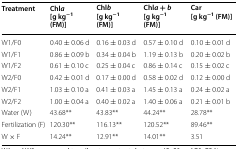
<table><thead><tr><td><b>Treatment</b></td><td><b>Chl<i>a</i>[g kg<sup>−1</sup> (FM)]</b></td><td><b>Chl<i>b</i>[g kg<sup>−1</sup> (FM)]</b></td><td><b>Chl<i>a</i> + <i>b</i>[g kg<sup>−1</sup> (FM)]</b></td><td><b>Car[g kg<sup>−1</sup> (FM)]</b></td></tr></thead><tbody><tr><td>W1/F0</td><td>0.40 ± 0.06 d</td><td>0.16 ± 0.03 d</td><td>0.57 ± 0.10 d</td><td>0.10 ± 0.01 d</td></tr><tr><td>W1/F1</td><td>0.86 ± 0.09 b</td><td>0.34 ± 0.04 b</td><td>1.19 ± 0.13 b</td><td>0.20 ± 0.02 b</td></tr><tr><td>W1/F2</td><td>0.61 ± 0.10 c</td><td>0.25 ± 0.04 c</td><td>0.86 ± 0.14 c</td><td>0.15 ± 0.02 c</td></tr><tr><td>W2/F0</td><td>0.42 ± 0.01 d</td><td>0.17 ± 0.00 d</td><td>0.58 ± 0.02 d</td><td>0.12 ± 0.00 d</td></tr><tr><td>W2/F1</td><td>1.03 ± 0.10 a</td><td>0.41 ± 0.03 a</td><td>1.45 ± 0.13 a</td><td>0.24 ± 0.02 a</td></tr><tr><td>W2/F2</td><td>1.00 ± 0.04 a</td><td>0.40 ± 0.02 a</td><td>1.40 ± 0.06 a</td><td>0.21 ± 0.01 b</td></tr><tr><td>Water (W)</td><td>43.68**</td><td>43.83**</td><td>44.24**</td><td>28.78**</td></tr><tr><td>Fertilization (F)</td><td>120.30**</td><td>116.13**</td><td>120.52**</td><td>89.46**</td></tr><tr><td>W × F</td><td>14.24**</td><td>12.91**</td><td>14.01**</td><td>3.51</td></tr></tbody></table>